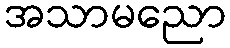
အသာမညော